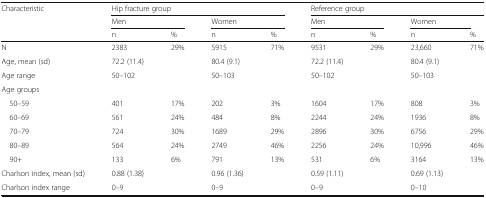
<table><thead><tr><td rowspan="3"><b>Characteristic</b></td><td colspan="4"><b>Hip fracture group</b></td><td colspan="4"><b>Reference group</b></td></tr><tr><td colspan="2"><b>Men</b></td><td colspan="2"><b>Women</b></td><td colspan="2"><b>Men</b></td><td><b>Women</b></td><td></td></tr><tr><td><b>n</b></td><td><b>%</b></td><td><b>n</b></td><td><b>%</b></td><td><b>n</b></td><td><b>%</b></td><td><b>n</b></td><td><b>%</b></td></tr></thead><tbody><tr><td>N</td><td>2383</td><td>29%</td><td>5915</td><td>71%</td><td>9531</td><td>29%</td><td>23,660</td><td>71%</td></tr><tr><td>Age, mean (sd)</td><td>72.2 (11.4)</td><td></td><td>80.4 (9.1)</td><td></td><td>72.2 (11.4)</td><td></td><td>80.4 (9.1)</td><td></td></tr><tr><td>Age range</td><td>50–102</td><td></td><td>50–103</td><td></td><td>50–102</td><td></td><td>50--103</td><td></td></tr><tr><td colspan="9">Age groups</td></tr><tr><td> 50–59</td><td>401</td><td>17%</td><td>202</td><td>3%</td><td>1604</td><td>17%</td><td>808</td><td>3%</td></tr><tr><td> 60–69</td><td>561</td><td>24%</td><td>484</td><td>8%</td><td>2244</td><td>24%</td><td>1936</td><td>8%</td></tr><tr><td> 70–79</td><td>724</td><td>30%</td><td>1689</td><td>29%</td><td>2896</td><td>30%</td><td>6756</td><td>29%</td></tr><tr><td> 80–89</td><td>564</td><td>24%</td><td>2749</td><td>46%</td><td>2256</td><td>24%</td><td>10,996</td><td>46%</td></tr><tr><td> 90+</td><td>133</td><td>6%</td><td>791</td><td>13%</td><td>531</td><td>6%</td><td>3164</td><td>13%</td></tr><tr><td>Charlson index, mean (sd)</td><td>0.88 (1.38)</td><td></td><td>0.96 (1.36)</td><td></td><td>0.59 (1.11)</td><td></td><td>0.69 (1.13)</td><td></td></tr><tr><td>Charlson index range</td><td>0--9</td><td></td><td>0--9</td><td></td><td>0--9</td><td></td><td>0--10</td><td></td></tr></tbody></table>